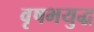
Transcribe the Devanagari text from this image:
वृषभयुद्ध